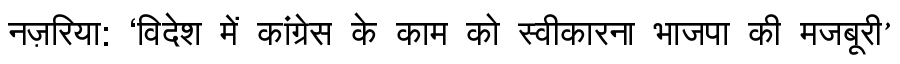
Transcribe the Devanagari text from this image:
नज़रिया: ‘विदेश में कांग्रेस के काम को स्वीकारना भाजपा की मजबूरी’